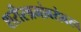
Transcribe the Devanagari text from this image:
शरीरश्रमांबरोबरच